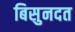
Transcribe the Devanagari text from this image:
बिसुनदत